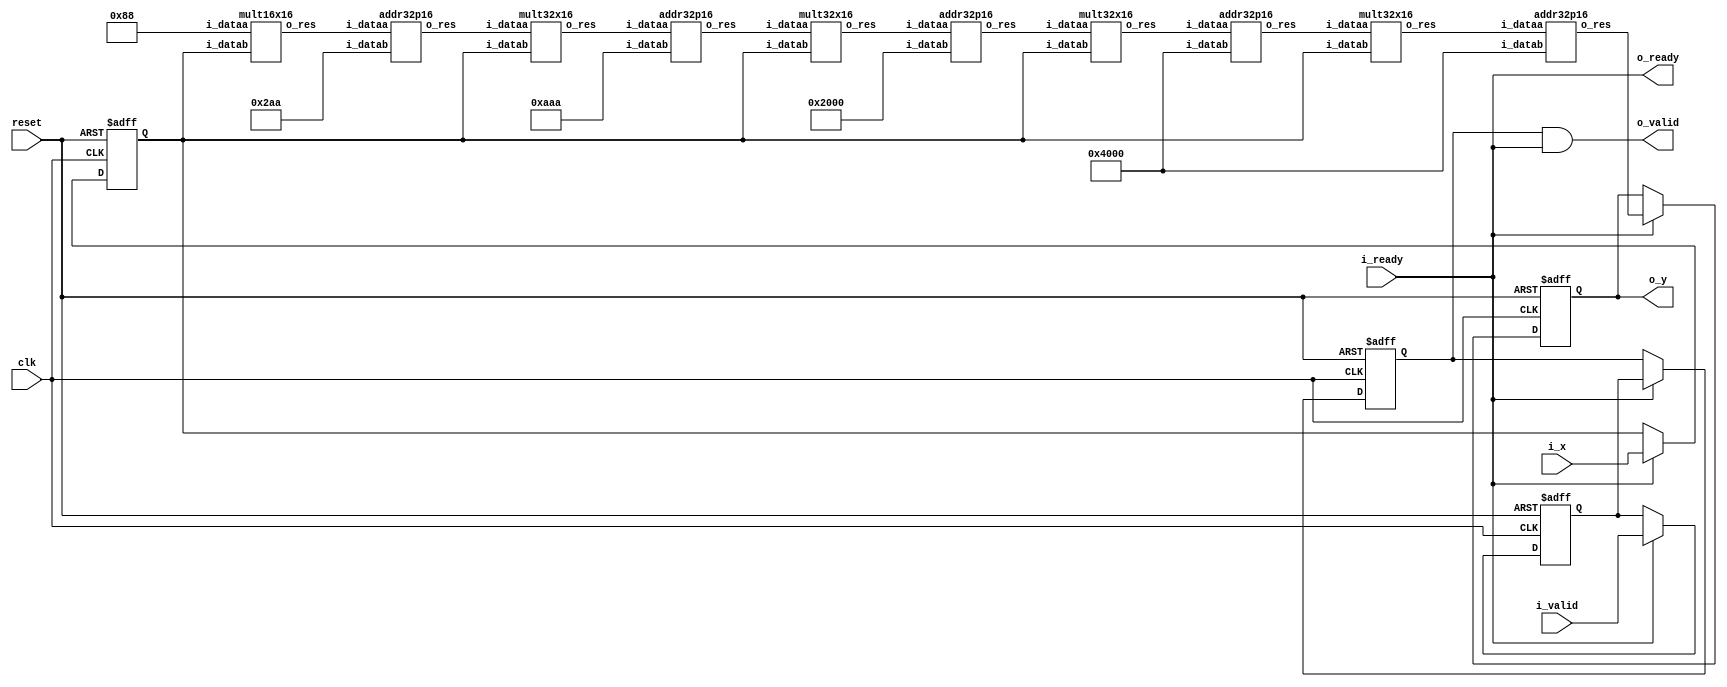
module lab1 #
(
	parameter WIDTHIN = 16,		// Input format is Q2.14 (2 integer bits + 14 fractional bits = 16 bits)
	parameter WIDTHOUT = 32,	// Intermediate/Output format is Q7.25 (7 integer bits + 25 fractional bits = 32 bits)
	// Taylor coefficients for the first five terms in Q2.14 format
	parameter [WIDTHIN-1:0] A0 = 16'b01_00000000000000, // a0 = 1
	parameter [WIDTHIN-1:0] A1 = 16'b01_00000000000000, // a1 = 1
	parameter [WIDTHIN-1:0] A2 = 16'b00_10000000000000, // a2 = 1/2
	parameter [WIDTHIN-1:0] A3 = 16'b00_00101010101010, // a3 = 1/6
	parameter [WIDTHIN-1:0] A4 = 16'b00_00001010101010, // a4 = 1/24
	parameter [WIDTHIN-1:0] A5 = 16'b00_00000010001000  // a5 = 1/120
)
(
	input clk,
	input reset,	
	
	input i_valid,
	input i_ready,
	output o_valid,
	output o_ready,
	
	input [WIDTHIN-1:0] i_x,
	output [WIDTHOUT-1:0] o_y
);
//Output value could overflow (32-bit output, and 16-bit inputs multiplied
//together repeatedly).  Don't worry about that -- assume that only the bottom
//32 bits are of interest, and keep them.
reg [WIDTHIN-1:0] x;	// Register to hold input X
reg [WIDTHOUT-1:0] y_Q;	// Register to hold output Y
reg valid_Q1;		// Output of register x is valid
reg valid_Q2;		// Output of register y is valid

// signal for enabling sequential circuit elements
reg enable;

// Signals for computing the y output
wire [WIDTHOUT-1:0] m0_out; // A5 * x
wire [WIDTHOUT-1:0] a0_out; // A5 * x + A4
wire [WIDTHOUT-1:0] m1_out; // (A5 * x + A4) * x
wire [WIDTHOUT-1:0] a1_out; // (A5 * x + A4) * x + A3
wire [WIDTHOUT-1:0] m2_out; // ((A5 * x + A4) * x + A3) * x
wire [WIDTHOUT-1:0] a2_out; // ((A5 * x + A4) * x + A3) * x + A2
wire [WIDTHOUT-1:0] m3_out; // (((A5 * x + A4) * x + A3) * x + A2) * x
wire [WIDTHOUT-1:0] a3_out; // (((A5 * x + A4) * x + A3) * x + A2) * x + A1
wire [WIDTHOUT-1:0] m4_out; // ((((A5 * x + A4) * x + A3) * x + A2) * x + A1) * x
wire [WIDTHOUT-1:0] a4_out; // ((((A5 * x + A4) * x + A3) * x + A2) * x + A1) * x + A0
wire [WIDTHOUT-1:0] y_D;

// compute y value
mult16x16 Mult0 (.i_dataa(A5), 		.i_datab(x), 	.o_res(m0_out));
addr32p16 Addr0 (.i_dataa(m0_out), 	.i_datab(A4), 	.o_res(a0_out));

mult32x16 Mult1 (.i_dataa(a0_out), 	.i_datab(x), 	.o_res(m1_out));
addr32p16 Addr1 (.i_dataa(m1_out), 	.i_datab(A3), 	.o_res(a1_out));

mult32x16 Mult2 (.i_dataa(a1_out), 	.i_datab(x), 	.o_res(m2_out));
addr32p16 Addr2 (.i_dataa(m2_out), 	.i_datab(A2), 	.o_res(a2_out));

mult32x16 Mult3 (.i_dataa(a2_out), 	.i_datab(x), 	.o_res(m3_out));
addr32p16 Addr3 (.i_dataa(m3_out), 	.i_datab(A1), 	.o_res(a3_out));

mult32x16 Mult4 (.i_dataa(a3_out), 	.i_datab(x), 	.o_res(m4_out));
addr32p16 Addr4 (.i_dataa(m4_out), 	.i_datab(A0), 	.o_res(a4_out));

assign y_D = a4_out;

// Combinational logic
always @* begin
	// signal for enable
	enable = i_ready;
end

// Infer the registers
always @ (posedge clk or posedge reset) begin
	if (reset) begin
		valid_Q1 <= 1'b0;
		valid_Q2 <= 1'b0;
		
		x <= 0;
		y_Q <= 0;
	end else if (enable) begin
		// propagate the valid value
		valid_Q1 <= i_valid;
		valid_Q2 <= valid_Q1;
		
		// read in new x value
		x <= i_x;
		
		// output computed y value
		y_Q <= y_D;
	end
end

// assign outputs
assign o_y = y_Q;
// ready for inputs as long as receiver is ready for outputs */
assign o_ready = i_ready;   		
// the output is valid as long as the corresponding input was valid and 
//	the receiver is ready. If the receiver isn't ready, the computed output
//	will still remain on the register outputs and the circuit will resume
//  normal operation with the receiver is ready again (i_ready is high)*/
assign o_valid = valid_Q2 & i_ready;	

endmodule

/*******************************************************************************************/

// Multiplier module for the first 16x16 multiplication
module mult16x16 (
	input  [15:0] i_dataa,
	input  [15:0] i_datab,
	output [31:0] o_res
);

reg [31:0] result;

always @ (*) begin
	result = i_dataa * i_datab;
end

// The result of Q2.14 x Q2.14 is in the Q4.28 format. Therefore we need to change it
// to the Q7.25 format specified in the assignment by shifting right and padding with zeros.
assign o_res = {3'b000, result[31:3]};

endmodule

/*******************************************************************************************/

// Multiplier module for all the remaining 32x16 multiplications
module mult32x16 (
	input  [31:0] i_dataa,
	input  [15:0] i_datab,
	output [31:0] o_res
);

reg [47:0] result;

always @ (*) begin
	result = i_dataa * i_datab;
end

// The result of Q7.25 x Q2.14 is in the Q9.39 format. Therefore we need to change it
// to the Q7.25 format specified in the assignment by selecting the appropriate bits
// (i.e. dropping the most-significant 2 bits and least-significant 14 bits).
assign o_res = result[45:14];

endmodule

/*******************************************************************************************/

// Adder module for all the 32b+16b addition operations 
module addr32p16 (
	input [31:0] i_dataa,
	input [15:0] i_datab,
	output [31:0] o_res
);

// The 16-bit Q2.14 input needs to be aligned with the 32-bit Q7.25 input by zero padding
assign o_res = i_dataa + {5'b00000, i_datab, 11'b00000000000};

endmodule

/*******************************************************************************************/